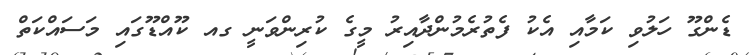
ޑެންގޫ ހަލުވި ކަމާއި އެކު ފެތުރެމުންދާއިރު މީގެ ކުރިންވަނީ ގއ ކޫއްޑޫގައި މަސައްކަތް